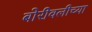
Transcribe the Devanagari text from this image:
बोरीवलीच्या